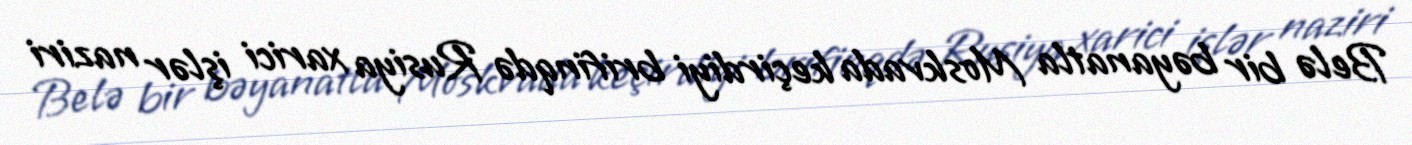
Belə bir bəyanatla Moskvada keçirdiyi brifinqdə Rusiya xarici işlər naziri